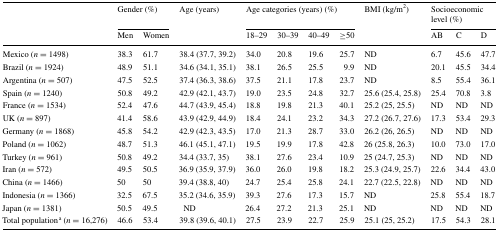
<table><thead><tr><td rowspan="2"></td><td colspan="2"><b>Gender (%)</b></td><td rowspan="2"><b>Age (years)</b></td><td colspan="4"><b>Age categories (years) (%)</b></td><td rowspan="2"><b>BMI (kg/m<sup>2</sup>)</b></td><td colspan="3"><b>Socioeconomic level (%)</b></td></tr><tr><td><b>Men</b></td><td><b>Women</b></td><td><b>18–29</b></td><td><b>30–39</b></td><td><b>40–49</b></td><td><b>≥50</b></td><td><b>AB</b></td><td><b>C</b></td><td><b>D</b></td></tr></thead><tbody><tr><td>Mexico (<i>n</i> = 1498)</td><td>38.3</td><td>61.7</td><td>38.4 (37.7, 39.2)</td><td>34.0</td><td>20.8</td><td>19.6</td><td>25.7</td><td>ND</td><td>6.7</td><td>45.6</td><td>47.7</td></tr><tr><td>Brazil (<i>n</i> = 1924)</td><td>48.9</td><td>51.1</td><td>34.6 (34.1, 35.1)</td><td>38.1</td><td>26.5</td><td>25.5</td><td>9.9</td><td>ND</td><td>20.1</td><td>45.5</td><td>34.4</td></tr><tr><td>Argentina (<i>n</i> = 507)</td><td>47.5</td><td>52.5</td><td>37.4 (36.3, 38.6)</td><td>37.5</td><td>21.1</td><td>17.8</td><td>23.7</td><td>ND</td><td>8.5</td><td>55.4</td><td>36.1</td></tr><tr><td>Spain (<i>n</i> = 1240)</td><td>50.8</td><td>49.2</td><td>42.9 (42.1, 43.7)</td><td>19.0</td><td>23.5</td><td>24.8</td><td>32.7</td><td>25.6 (25.4, 25.8)</td><td>25.4</td><td>70.8</td><td>3.8</td></tr><tr><td>France (<i>n</i> = 1534)</td><td>52.4</td><td>47.6</td><td>44.7 (43.9, 45.4)</td><td>18.8</td><td>19.8</td><td>21.3</td><td>40.1</td><td>25.2 (25, 25.5)</td><td>ND</td><td>ND</td><td>ND</td></tr><tr><td>UK (<i>n</i> = 897)</td><td>41.4</td><td>58.6</td><td>43.9 (42.9, 44.9)</td><td>18.4</td><td>24.1</td><td>23.2</td><td>34.3</td><td>27.2 (26.7, 27.6)</td><td>17.3</td><td>53.4</td><td>29.3</td></tr><tr><td>Germany (<i>n</i> = 1868)</td><td>45.8</td><td>54.2</td><td>42.9 (42.3, 43.5)</td><td>17.0</td><td>21.3</td><td>28.7</td><td>33.0</td><td>26.2 (26, 26.5)</td><td>ND</td><td>ND</td><td>ND</td></tr><tr><td>Poland (<i>n</i> = 1062)</td><td>48.7</td><td>51.3</td><td>46.1 (45.1, 47.1)</td><td>19.5</td><td>19.9</td><td>17.8</td><td>42.8</td><td>26 (25.8, 26.3)</td><td>10.0</td><td>73.0</td><td>17.0</td></tr><tr><td>Turkey (<i>n</i> = 961)</td><td>50.8</td><td>49.2</td><td>34.4 (33.7, 35)</td><td>38.1</td><td>27.6</td><td>23.4</td><td>10.9</td><td>25 (24.7, 25.3)</td><td>ND</td><td>ND</td><td>ND</td></tr><tr><td>Iran (<i>n</i> = 572)</td><td>49.5</td><td>50.5</td><td>36.9 (35.9, 37.9)</td><td>36.0</td><td>26.0</td><td>19.8</td><td>18.2</td><td>25.3 (24.9, 25.7)</td><td>22.6</td><td>34.4</td><td>43.0</td></tr><tr><td>China (<i>n</i> = 1466)</td><td>50</td><td>50</td><td>39.4 (38.8, 40)</td><td>24.7</td><td>25.4</td><td>25.8</td><td>24.1</td><td>22.7 (22.5, 22.8)</td><td>ND</td><td>ND</td><td>ND</td></tr><tr><td>Indonesia (<i>n</i> = 1366)</td><td>32.5</td><td>67.5</td><td>35.2 (34.6, 35.9)</td><td>39.3</td><td>27.6</td><td>17.3</td><td>15.7</td><td>ND</td><td>25.8</td><td>55.4</td><td>18.7</td></tr><tr><td>Japan (<i>n</i> = 1381)</td><td>50.5</td><td>49.5</td><td>ND</td><td>26.4</td><td>27.2</td><td>21.3</td><td>25.1</td><td>ND</td><td>ND</td><td>ND</td><td>ND</td></tr><tr><td>Total population<sup>a</sup> (<i>n</i> = 16,276)</td><td>46.6</td><td>53.4</td><td>39.8 (39.6, 40.1)</td><td>27.5</td><td>23.9</td><td>22.7</td><td>25.9</td><td>25.1 (25, 25.2)</td><td>17.5</td><td>54.3</td><td>28.1</td></tr></tbody></table>